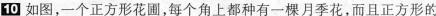
如图，一个正方形花圃，每个角上都种有一棵月季花，而且正方形